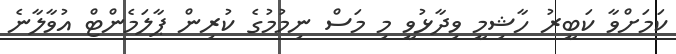
ކަމަށްވާ ކަބީރު ހާޝިމީ ވިދާޅުވީ މި މަސް ނިމުމުގެ ކުރިން ޕާލަމެންޓް އުވާލާނެ